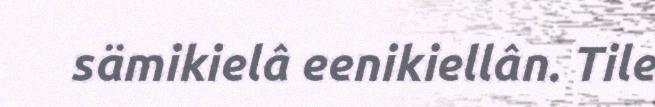
sämikielâ eenikiellân. Tile